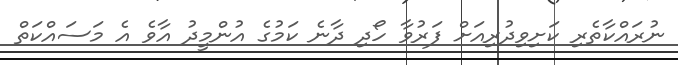
ނުރައްކާތެރި ކަށިވިދުރިއަށް ފަރުވާ ހޯދި ދާނެ ކަމުގެ އުންމީދު އާވެ އެ މަސައްކަތް